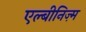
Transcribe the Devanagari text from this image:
एल्बीनिज़्म